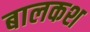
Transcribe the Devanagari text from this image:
बालकश